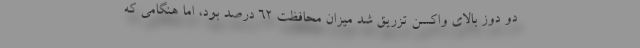
دو دوز بالای واکسن تزریق شد میزان محافظت ۶۲ درصد بود، اما هنگامی که